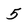
Character: 5